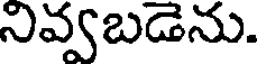
నివ్వబడెను.